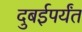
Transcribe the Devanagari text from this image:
दुबईपर्यंत